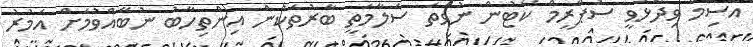
އާސިމް ވިދާޅުވީ ސުޕްރީމް ކޯޓުން ނުވަތަ ސަލާމަތީ ބާރުތަކުން އިންތިހާބު ނުބޭއްވުމަށް އަމުރު